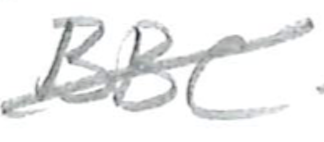
Text: BBC
Cross-out: diagonal
Writing tool: pencil